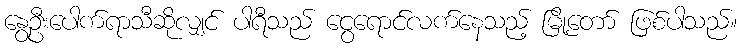
နွေဦးပေါက်ရာသီဆိုလျှင် ပါရီသည် ငွေရောင်လက်နေသည့် မြို့တော် ဖြစ်ပါသည်။